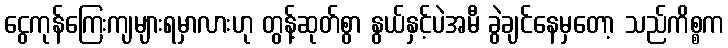
ငွေကုန်ကြေးကျများရမှာလားဟု တွန့်ဆုတ်စွာ နွယ်နှင့်ပဲအမီ ခွဲချင်နေမှတော့ သည်ကိစ္စက